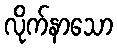
လိုက်နာသော